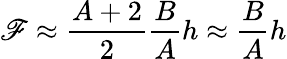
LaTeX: \displaystyle\mathscr{F}\approx\frac{{A+2}}{{2}}\frac{B}{A}h\approx\frac{B}{A}h